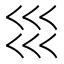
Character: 𡿭